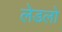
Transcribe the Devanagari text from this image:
लेडलो